Vaccination in Bombay 1863-1868 - 1863-1868
Year: 1863
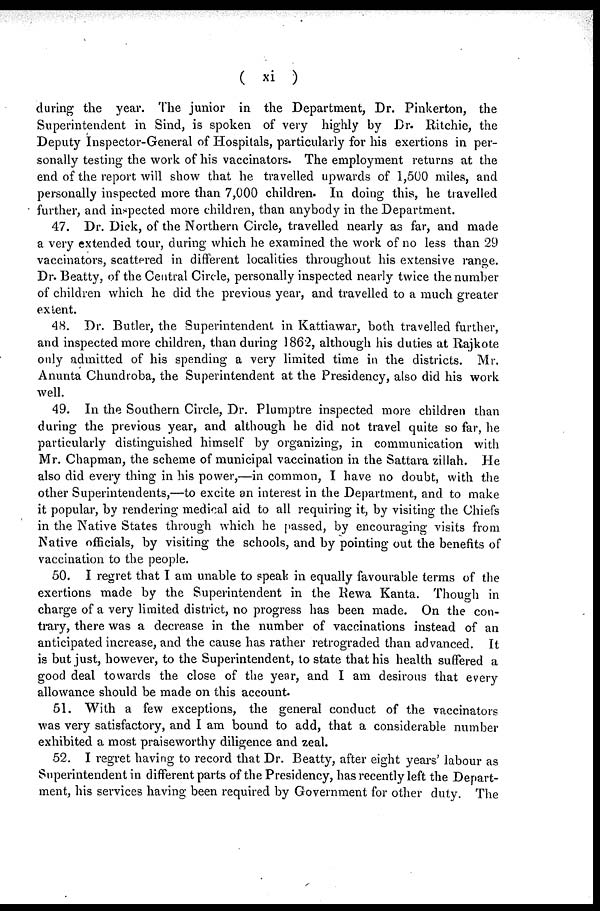
( xi )
during the year. The junior in the Department, Dr. Pinkerton, the
Superintendent in Sind, is spoken of very highly by Dr. Ritchie, the
Deputy Inspector-General of Hospitals, particularly for his exertions in per-
sonally testing the work of his vaccinators. The employment returns at the
end of the report will show that he travelled upwards of 1,500 miles, and
personally inspected more than 7,000 children. In doing this, he travelled
further, and inspected more children, than anybody in the Department.
47. Dr. Dick, of the Northern Circle, travelled nearly as far, and made
a very extended tour, during which he examined the work of no less than 29
vaccinators, scattered in different localities throughout his extensive range.
Dr. Beatty, of the Central Circle, personally inspected nearly twice the number
of children which he did the previous year, and travelled to a much greater
extent.
48. Dr. Butler, the Superintendent in Kattiawar, both travelled further,
and inspected more children, than during 1862, although his duties at Rajkote
only admitted of his spending a very limited time in the districts. Mr.
Anunta Chundroba, the Superintendent at the Presidency, also did his work
well.
49. In the Southern Circle, Dr. Plumptre inspected more children than
during the previous year, and although he did not travel quite so far, he
particularly distinguished himself by organizing, in communication with
Mr. Chapman, the scheme of municipal vaccination in the Sattara zillah. He
also did every thing in his power,—in common, I have no doubt, with the
other Superintendents,—to excite an interest in the Department, and to make
it popular, by rendering medical aid to all requiring it, by visiting the Chiefs
in the Native States through which he passed, by encouraging visits from
Native officials, by visiting the schools, and by pointing out the benefits of
vaccination to the people.
50. I regret that I am unable to speak in equally favourable terms of the
exertions made by the Superintendent in the Rewa Kanta. Though in
charge of a very limited district, no progress has been made. On the con-
trary, there was a decrease in the number of vaccinations instead of an
anticipated increase, and the cause has rather retrograded than advanced. It
is but just, however, to the Superintendent, to state that his health suffered a
good deal towards the close of the year, and I am desirous that every
allowance should be made on this account.
51. With a few exceptions, the general conduct of the vaccinators
was very satisfactory, and I am bound to add, that a considerable number
exhibited a most praiseworthy diligence and zeal.
52. I regret having to record that Dr. Beatty, after eight years' labour as
Superintendent in different parts of the Presidency, has recently left the Depart-
ment, his services having been required by Government for other duty. The